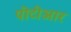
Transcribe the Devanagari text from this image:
पीटीआर